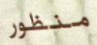
منظور